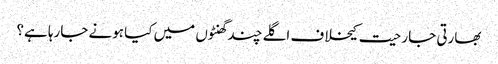
بھارتی جارحیت کیخلاف اگلے چند گھنٹوں میں کیا ہونے جارہا ہے؟